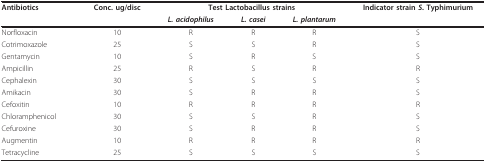
<table><thead><tr><td><b>Antibiotics</b></td><td><b>Conc. ug/disc</b></td><td colspan="3"><b>Test Lactobacillus strains</b></td><td><b>Indicator strain <i>S</i>. Typhimurium</b></td></tr><tr><td></td><td></td><td><b><i>L. acidophilus</i></b></td><td><b><i>L. casei</i></b></td><td><b><i>L. plantarum</i></b></td><td></td></tr></thead><tbody><tr><td>Norfloxacin</td><td>10</td><td>R</td><td>R</td><td>R</td><td>S</td></tr><tr><td>Cotrimoxazole</td><td>25</td><td>S</td><td>S</td><td>R</td><td>S</td></tr><tr><td>Gentamycin</td><td>10</td><td>S</td><td>R</td><td>S</td><td>S</td></tr><tr><td>Ampicillin</td><td>25</td><td>R</td><td>S</td><td>R</td><td>R</td></tr><tr><td>Cephalexin</td><td>30</td><td>S</td><td>S</td><td>S</td><td>S</td></tr><tr><td>Amikacin</td><td>30</td><td>S</td><td>R</td><td>R</td><td>S</td></tr><tr><td>Cefoxitin</td><td>10</td><td>R</td><td>R</td><td>R</td><td>R</td></tr><tr><td>Chloramphenicol</td><td>30</td><td>S</td><td>S</td><td>R</td><td>S</td></tr><tr><td>Cefuroxine</td><td>30</td><td>S</td><td>R</td><td>R</td><td>S</td></tr><tr><td>Augmentin</td><td>10</td><td>R</td><td>R</td><td>R</td><td>R</td></tr><tr><td>Tetracycline</td><td>25</td><td>S</td><td>S</td><td>S</td><td>S</td></tr></tbody></table>